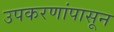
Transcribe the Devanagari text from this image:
उपकरणांपासून